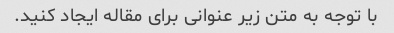
با توجه به متن زیر عنوانی برای مقاله ایجاد کنید.